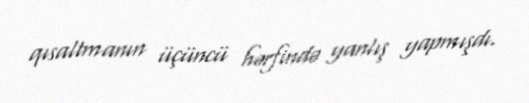
qısaltmanın üçüncü hərfində yanlış yapmışdı.